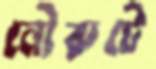
নৌরুটে